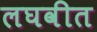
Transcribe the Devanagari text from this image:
लघवीत